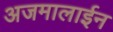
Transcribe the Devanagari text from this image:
अजमालाईन